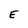
Character: E